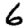
Digit: 6